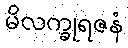
မိလက္ခုရဇနံ